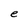
Character: e